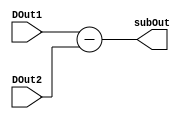
module subtracter(subOut, DOut2, DOut1);

output [7:0] subOut;
input [7:0] DOut1;
input [7:0] DOut2;

	assign subOut = DOut1 - DOut2;

endmodule